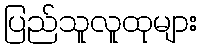
ပြည်သူလူထုများ